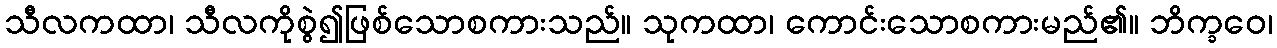
သီလကထာ၊ သီလကိုစွဲ၍ဖြစ်သောစကားသည်။ သုကထာ၊ ကောင်းသောစကားမည်၏။ ဘိက္ခဝေ၊